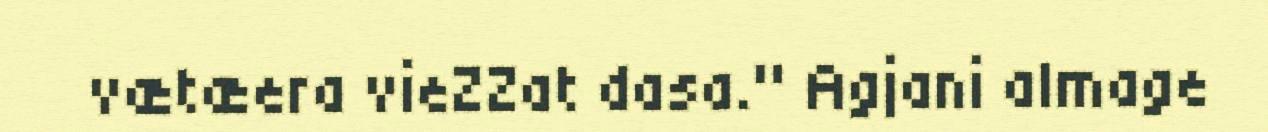
vætæera vieZZat dasa." Agjani almage